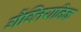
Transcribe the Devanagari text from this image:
गैंग्लियनिक